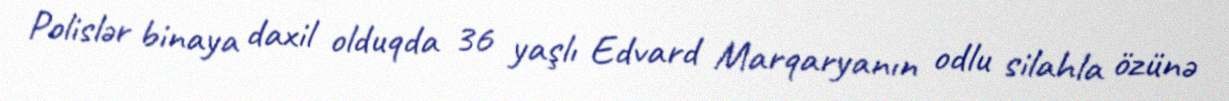
Polislər binaya daxil olduqda 36 yaşlı Edvard Marqaryanın odlu silahla özünə